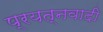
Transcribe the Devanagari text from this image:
प्रयत्नवादी